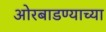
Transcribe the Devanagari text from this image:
ओरबाडण्याच्या